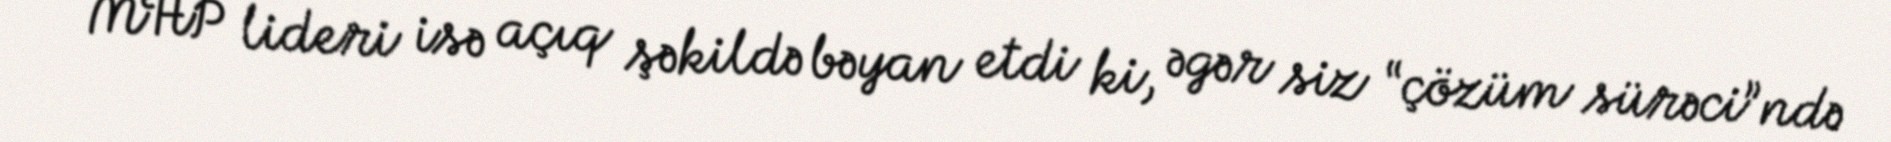
MHP lideri isə açıq şəkildə bəyan etdi ki, əgər siz “çözüm sürəci”ndə